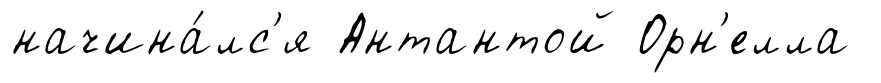
начина́лс'я Антантой Орн'елла